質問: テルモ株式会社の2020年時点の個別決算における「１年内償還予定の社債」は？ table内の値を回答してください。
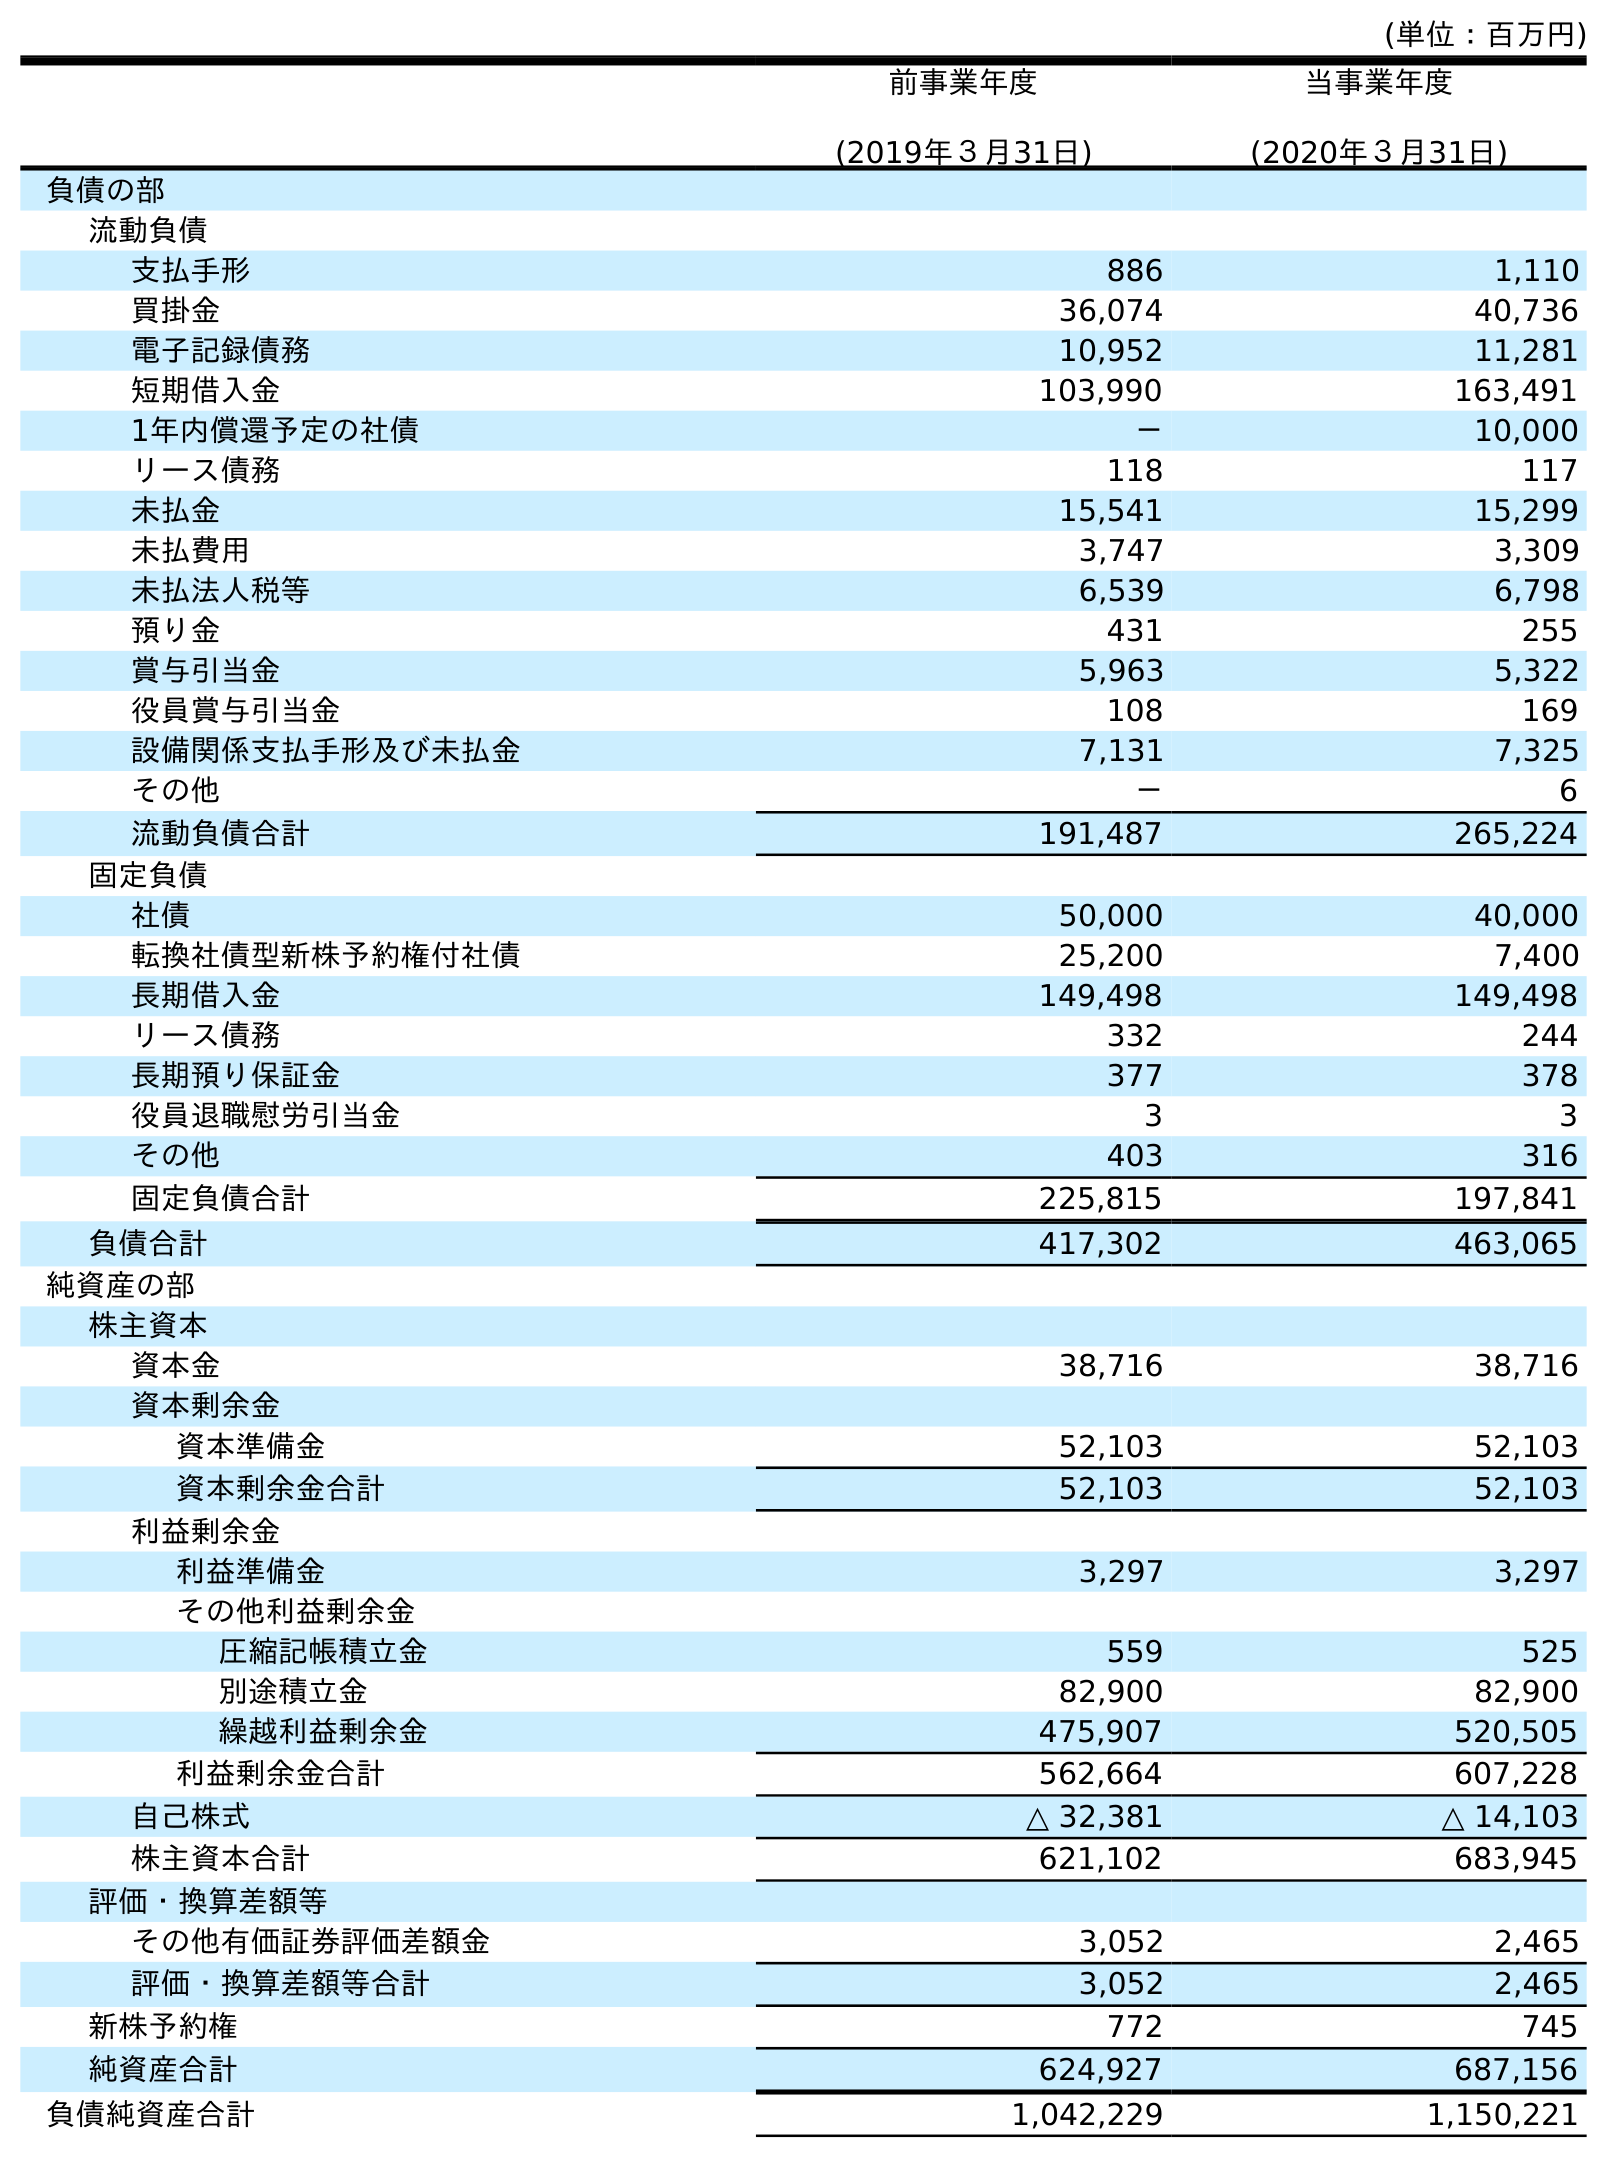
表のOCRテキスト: (単位：百万円) 前事業年度 (2019年３月31日) 当事業年度 (2020年３月31日) 負債の部 流動負債 支払手形 886 1,110 買掛金 36,074 40,736 電子記録債務 10,952 11,281 短期借入金 103,990 163,491 1年内償還予定の社債 － 10,000 リース債務 118 117 未払金 15,541 15,299 未払費用 3,747 3,309 未払法人税等 6,539 6,798 預り金 431 255 賞与引当金 5,963 5,322 役員賞与引当金 108 169 設備関係支払手形及び未払金 7,131 7,325 その他 － 6 流動負債合計 191,487 265,224 固定負債 社債 50,000 40,000 転換社債型新株予約権付社債 25,200 7,400 長期借入金 149,498 149,498 リース債務 332 244 長期預り保証金 377 378 役員退職慰労引当金 3 3 その他 403 316 固定負債合計 225,815 197,841 負債合計 417,302 463,065 純資産の部 株主資本 資本金 38,716 38,716 資本剰余金 資本準備金 52,103 52,103 資本剰余金合計 52,103 52,103 利益剰余金 利益準備金 3,297 3,297 その他利益剰余金 圧縮記帳積立金 559 525 別途積立金 82,900 82,900 繰越利益剰余金 475,907 520,505 利益剰余金合計 562,664 607,228 自己株式 △ 32,381 △ 14,103 株主資本合計 621,102 683,945 評価・換算差額等 その他有価証券評価差額金 3,052 2,465 評価・換算差額等合計 3,052 2,465 新株予約権 772 745 純資産合計 624,927 687,156 負債純資産合計 1,042,229 1,150,221
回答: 10,000